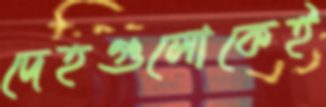
দেহগুলোকেই